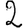
Digit: 2